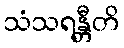
သံသရန္တီတိ